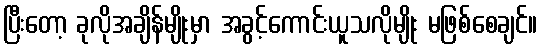
ပြီးတော့ ခုလိုအချိန်မျိုးမှာ အခွင့်ကောင်းယူသလိုမျိုး မဖြစ်စေချင်။